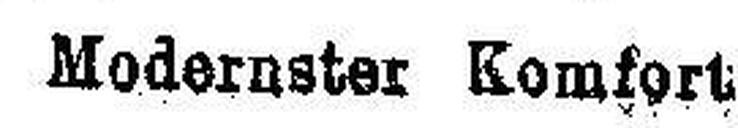
Modernster Komfort